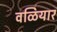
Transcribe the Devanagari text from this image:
वळियार